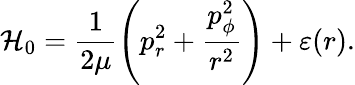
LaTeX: {\cal H}_{0}=\frac{1}{2\mu}\left(p_{r}^{2}+\frac{p_{\phi}^{2}}{r^{2}}\right)+\varepsilon(r).